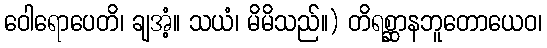
ဝေါရောပေတိ၊ ချအံ့။ သယံ၊ မိမိသည်။) တိရစ္ဆာနဘူတောယေဝ၊